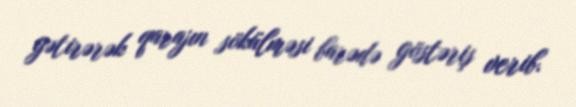
gətirərək qarajın sökülməsi barədə göstəriş verib.